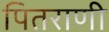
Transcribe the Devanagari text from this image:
पितराणी